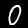
Label: 0